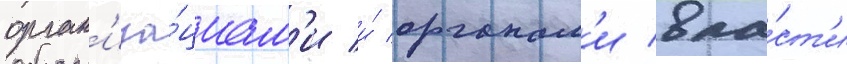
орган'иза́циам'и и́ органам'и вла́ст'и